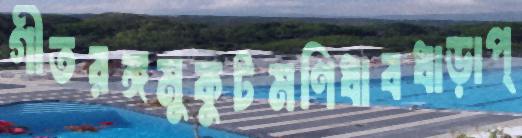
গীতরঙ্গমুকুটমণিধাবধাড়াপ্